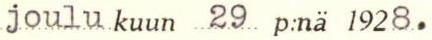
joulu kuun 29 p:nä 1928.